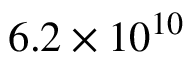
6 . 2 \times 1 0 ^ { 1 0 }